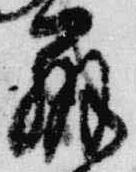
弁